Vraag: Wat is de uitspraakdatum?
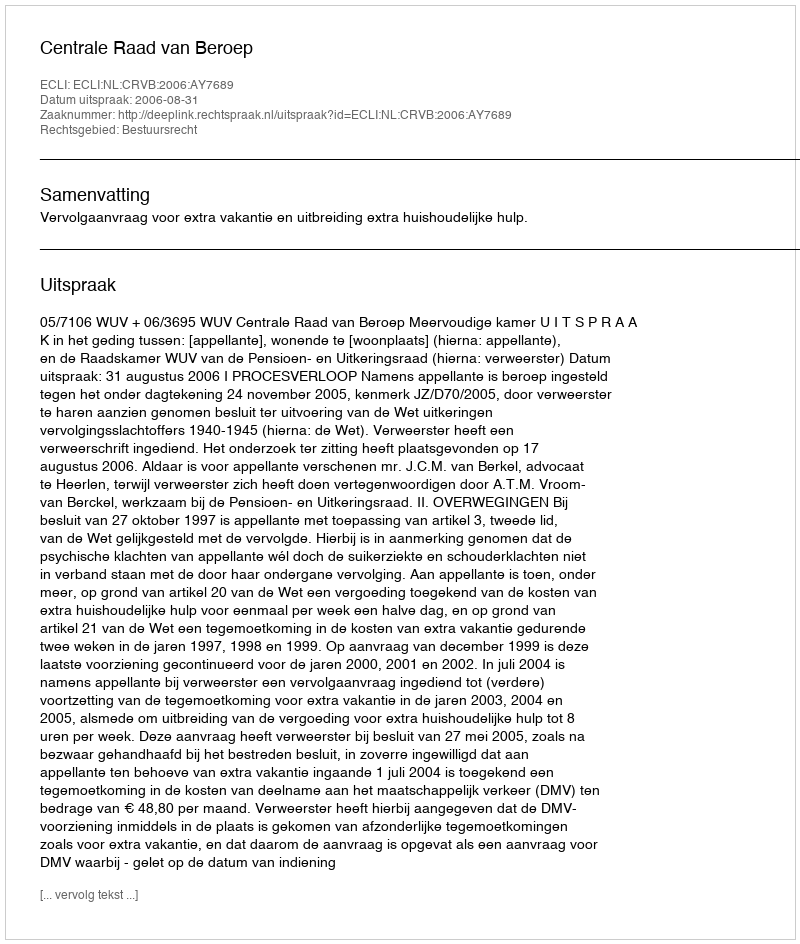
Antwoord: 2006-08-31